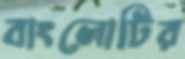
বাংলোটির